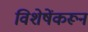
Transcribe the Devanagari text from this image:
विशेषेंकरून